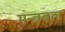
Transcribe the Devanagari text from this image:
मन्त्रबल